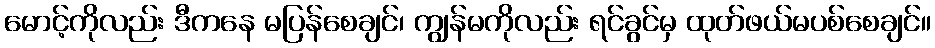
မောင့်ကိုလည်း ဒီကနေ မပြန်စေချင်၊ ကျွန်မကိုလည်း ရင်ခွင်မှ ထုတ်ဖယ်မပစ်စေချင်။